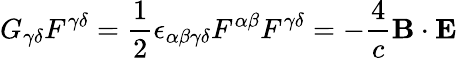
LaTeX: G_{\gamma\delta}F^{\gamma\delta}={\frac{1}{2}}\epsilon_{\alpha\beta\gamma\delta}F^{\alpha\beta}F^{\gamma\delta}=-{\frac{4}{c}}\mathbf{B}\cdot\mathbf{E}